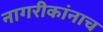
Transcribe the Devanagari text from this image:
नागरीकांनाच